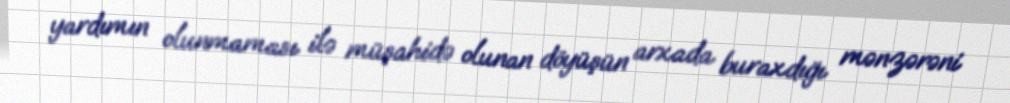
yardımın olunmaması ilə müşahidə olunan döyüşün arxada buraxdığı mənzərəni